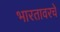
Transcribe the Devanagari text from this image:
भारतावरचे